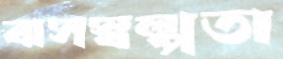
বাসস্বল্পতা